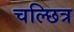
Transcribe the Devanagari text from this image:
चल्छित्र